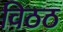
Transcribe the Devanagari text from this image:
विठठ